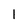
Character: 1